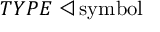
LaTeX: T Y P E \triangleleft { \mathrm { s y m b o l } }